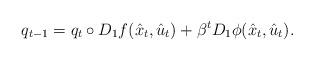
LaTeX: \begin{align*}q_{t-1} = q_t \circ D_1 f(\hat{x}_t, \hat{u}_t) + \beta^t D_1 \phi(\hat{x}_t, \hat{u}_t).\end{align*}